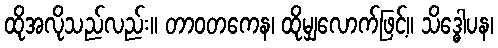
ထိုအလိုသည်လည်း။ တာဝတကေန၊ ထိုမျှလောက်ဖြင့်။ သိဒ္ဓေါပန၊